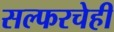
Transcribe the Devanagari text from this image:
सल्फरचेही